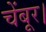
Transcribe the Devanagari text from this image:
चेंबूर।